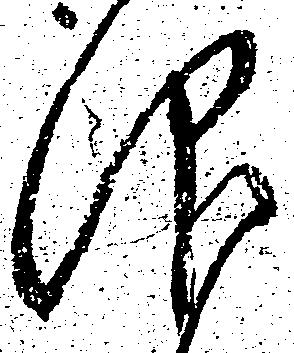
仰